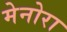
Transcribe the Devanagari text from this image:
मेनोरा